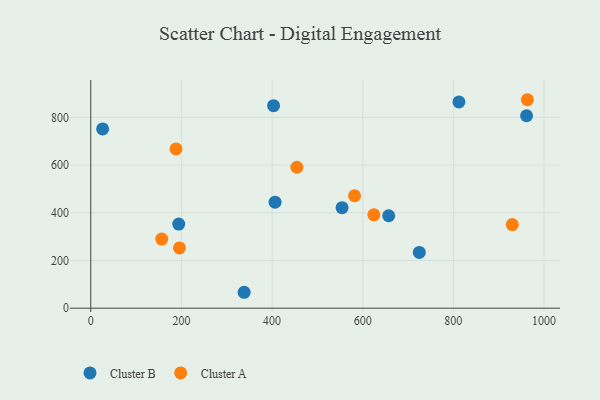
{"axis": {"x": "Price", "y": "Yield"}, "legend": ["Cluster A", "Cluster B"], "data": [{"x": "338.4", "y": 66.7, "type": "Cluster B"}, {"x": "554.5", "y": 421.2, "type": "Cluster B"}, {"x": "406.6", "y": 444.3, "type": "Cluster B"}, {"x": "812.3", "y": 864.6, "type": "Cluster B"}, {"x": "403.3", "y": 848.8, "type": "Cluster B"}, {"x": "26.2", "y": 751.6, "type": "Cluster B"}, {"x": "961.5", "y": 806.7, "type": "Cluster B"}, {"x": "724.9", "y": 233.9, "type": "Cluster B"}, {"x": "657.3", "y": 387.6, "type": "Cluster B"}, {"x": "194.1", "y": 352.5, "type": "Cluster B"}, {"x": "188.1", "y": 667.6, "type": "Cluster A"}, {"x": "454.7", "y": 590.8, "type": "Cluster A"}, {"x": "624.6", "y": 391.2, "type": "Cluster A"}, {"x": "195.7", "y": 252.8, "type": "Cluster A"}, {"x": "930.0", "y": 350.3, "type": "Cluster A"}, {"x": "582.0", "y": 471.3, "type": "Cluster A"}, {"x": "156.6", "y": 289.8, "type": "Cluster A"}, {"x": "963.3", "y": 873.9, "type": "Cluster A"}]}